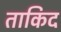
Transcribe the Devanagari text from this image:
ताकिद